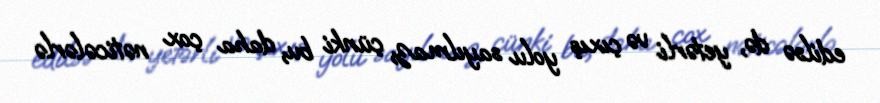
edilsə də, yetərli və çıxış yolu sayılmaz, çünki bu, daha çox nəticələrlə